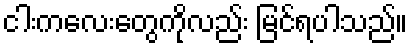
ငါးကလေးတွေကိုလည်း မြင်ရပါသည်။